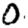
Digit: 0